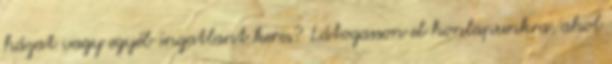
házat vagy egyéb ingatlant keres? Látogasson el honlapunkra, ahol